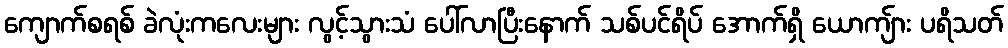
ကျောက်စရစ် ခဲလုံးကလေးများ လွင့်သွားသံ ပေါ်လာပြီးနောက် သစ်ပင်ရိပ် အောက်ရှိ ယောကျ်ား ပရိသတ်